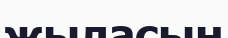
жыласын